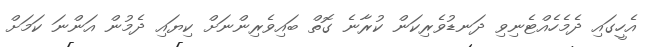
އެހީގައި ދެމެހެއްޓެނިވި ދަނޑުވެރިކަން ކުރާނެ ގޮތް ބައިވެރިންނަށް ކިޔައި ދެމުން އަންނަ ކަމަށް